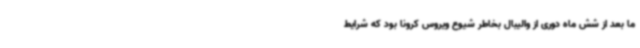
ما بعد از شش ماه دوری از والیبال بخاطر شیوع ویروس کرونا بود که شرایط